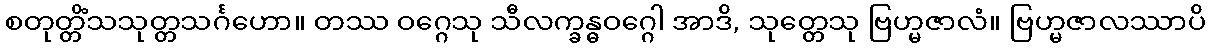
စတုတ္တိံသသုတ္တသင်္ဂဟော။ တဿ ဝဂ္ဂေသု သီလက္ခန္ဓဝဂ္ဂေါ အာဒိ, သုတ္တေသု ဗြဟ္မဇာလံ။ ဗြဟ္မဇာလဿာပိ